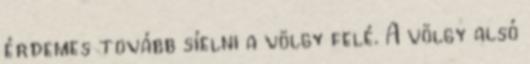
érdemes tovább síelni a völgy felé. A völgy alsó